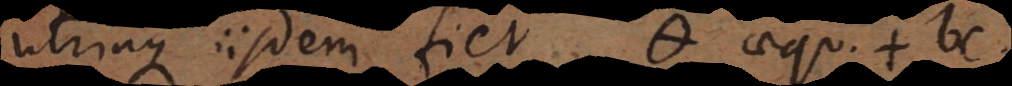
utriaque iisdem fiet Θ aequ. + bc.